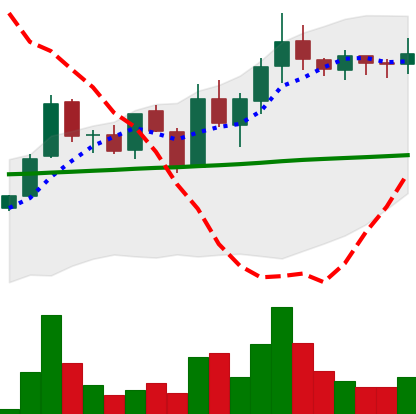
Ticker: LINK-USD
Chart end date: 2019-01-21
Forward return: -6.21%
Label: down_5_7